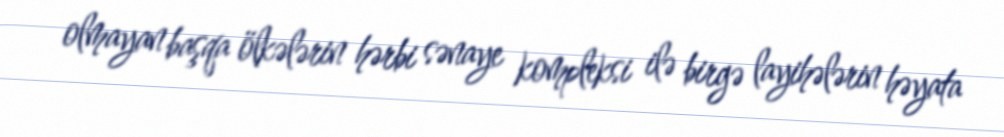
olmayan başqa ölkələrin hərbi sənaye kompleksi ilə birgə layihələrin həyata